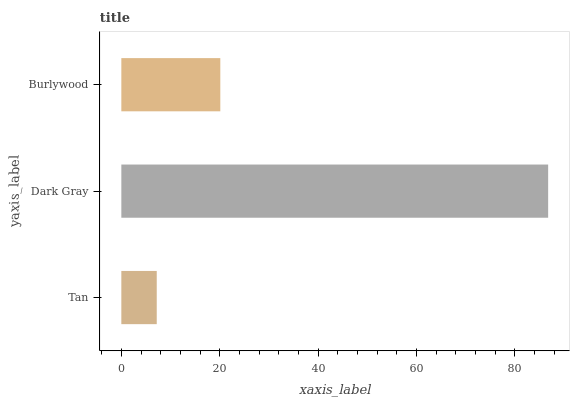
| yaxis_label | bars |
 | --- | --- |
 | Tan | 7.2 |
 | Dark Gray | 86.8 |
 | Burlywood | 20.1 |